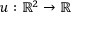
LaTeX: u : \mathbb { R } ^ { 2 } \to \mathbb { R } \quad